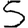
Digit: 5